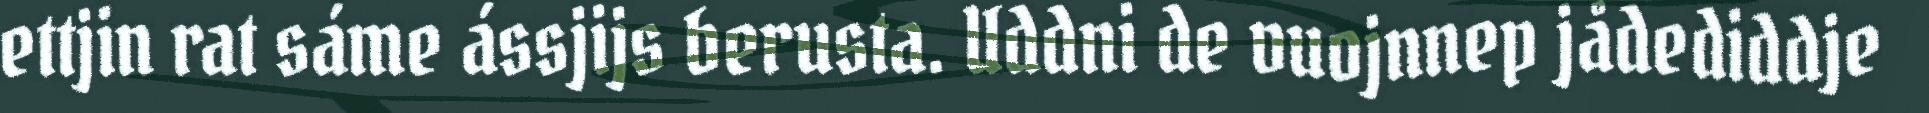
ettjin rat sáme ássjijs berusta. Uddni de vuojnnep jådediddje